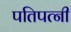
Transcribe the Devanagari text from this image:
पतिपत्‍नी